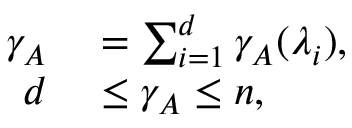
\begin{array} { r l } { \gamma _ { A } } & { { } = \sum _ { i = 1 } ^ { d } \gamma _ { A } ( \lambda _ { i } ) , } \\ { d } & { { } \leq \gamma _ { A } \leq n , } \end{array}